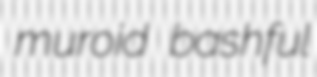
muroid bashful